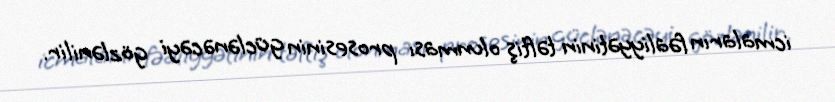
icmaların fəaliyyətinin təftiş olunması prosesinin güclənəcəyi gözlənilir.